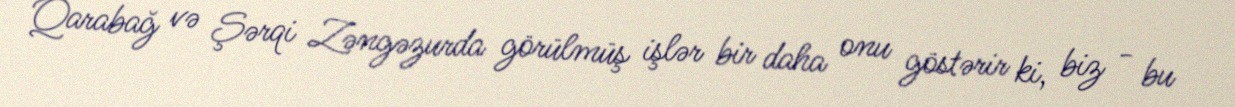
Qarabağ və Şərqi Zəngəzurda görülmüş işlər bir daha onu göstərir ki, biz - bu